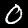
Label: 0